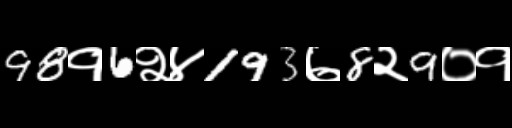
Text: 98१6२४193७8२9०१